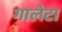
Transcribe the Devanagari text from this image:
गालेटा